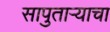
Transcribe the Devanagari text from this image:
सापुताऱ्याचा